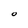
Character: O